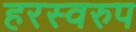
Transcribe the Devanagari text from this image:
हरस्वरुप